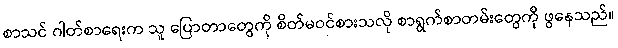
စာသင် ဂါတ်စာရေးက သူ ပြောတာတွေကို စိတ်မဝင်စားသလို စာရွက်စာတမ်းတွေကို ဖွနေသည်။